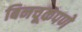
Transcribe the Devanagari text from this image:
बिनचूकपणे